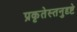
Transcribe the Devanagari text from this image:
प्रकृतेस्तनुदृष्टे